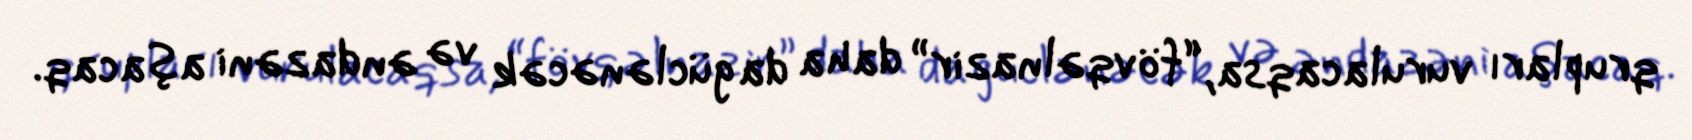
qrupları vurulacaqsa, “fövqəlnazir” daha da güclənəcək və əndazəni aşacaq.